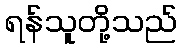
ရန်သူတို့သည်